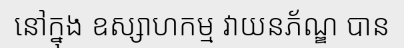
នៅក្នុង ឧស្សាហកម្ម វាយនភ័ណ្ឌ បាន